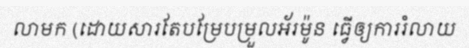
លាមក (ដោយសារតែបម្រែបម្រួលអ័រម៉ូន ធ្វើឲ្យការរំលាយ